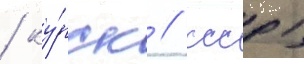
/ ку́рск / ссср)